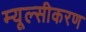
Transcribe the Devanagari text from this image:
म्यूल्सीकरण